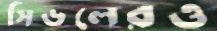
সিডলেরও